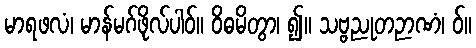
မာရဖလံ၊ မာန်မဂ်ဖိုလ်ပါဝ်။ ဝိဓမိတွာ၊ ၍။ သဗ္ဗညုတဉာဏံ၊ ဝ်။